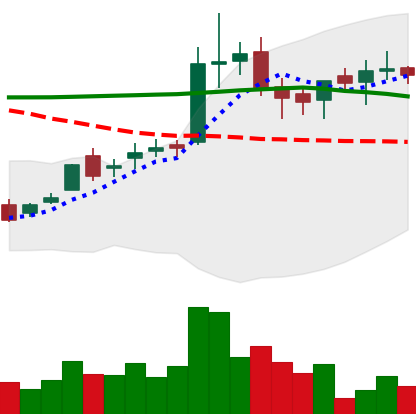
Ticker: LTC-USD
Chart end date: 2016-03-01
Forward return: -6.156%
Label: down_5_7